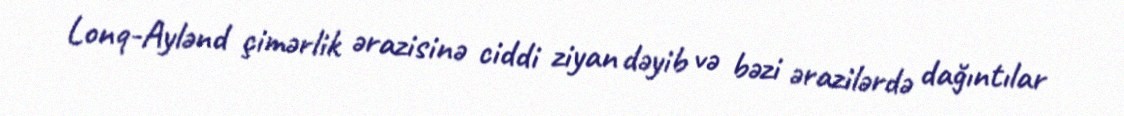
Lonq-Aylənd çimərlik ərazisinə ciddi ziyan dəyib və bəzi ərazilərdə dağıntılar